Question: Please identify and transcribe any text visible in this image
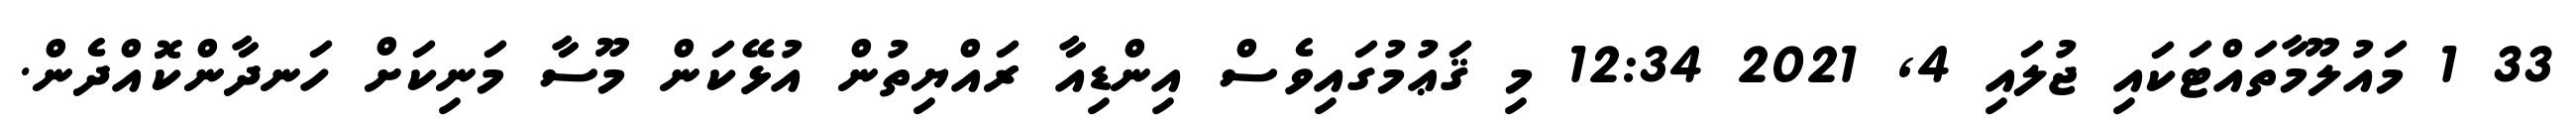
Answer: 33 1 މައުލޫމާތައްޓަކައި ޖުލައި 4, 2021 12:34 މި ޤަޢުމުގައިވެސް އިންޑިއާ ރައްޔިތުން އުޅޭކަން މޫސާ މަނިކަށް ހަނދާންކޮއްދެން.